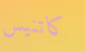
كاتنيس